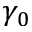
\gamma _ { 0 }